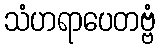
သံဟရာပေတဗ္ဗံ